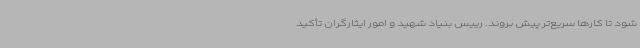
شود تا کارها سریع‌تر پیش بروند. رییس بنیاد شهید و امور ایثارگران تأکید